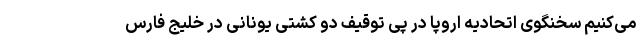
می‌کنیم سخنگوی اتحادیه اروپا در پی توقیف دو کشتی یونانی در خلیج فارس